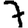
Digit: 7